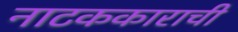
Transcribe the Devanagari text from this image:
नाटककाराची